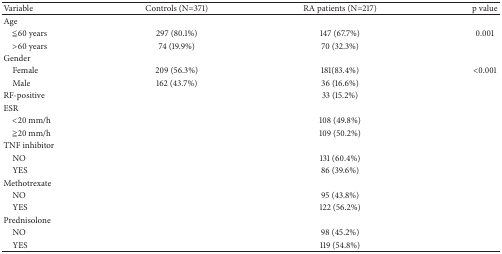
<table><thead><tr><td><b>Variable</b></td><td><b>Controls (N=371)</b></td><td><b>RA patients (N=217)</b></td><td><b>p value</b></td></tr></thead><tbody><tr><td>Age</td><td> </td><td> </td><td> </td></tr><tr><td> ≦60 years</td><td>297 (80.1%)</td><td>147 (67.7%)</td><td>0.001</td></tr><tr><td> &gt;60 years</td><td>74 (19.9%)</td><td>70 (32.3%)</td><td> </td></tr><tr><td>Gender</td><td> </td><td> </td><td> </td></tr><tr><td> Female</td><td>209 (56.3%)</td><td>181(83.4%)</td><td>&lt;0.001</td></tr><tr><td> Male</td><td>162 (43.7%)</td><td>36 (16.6%)</td><td> </td></tr><tr><td>RF-positive</td><td> </td><td>33 (15.2%)</td><td> </td></tr><tr><td>ESR</td><td> </td><td> </td><td> </td></tr><tr><td> &lt;20 mm/h</td><td> </td><td>108 (49.8%)</td><td> </td></tr><tr><td> ≧20 mm/h</td><td> </td><td>109 (50.2%)</td><td> </td></tr><tr><td>TNF inhibitor</td><td> </td><td> </td><td> </td></tr><tr><td> NO</td><td> </td><td>131 (60.4%)</td><td> </td></tr><tr><td> YES</td><td> </td><td>86 (39.6%)</td><td> </td></tr><tr><td>Methotrexate</td><td> </td><td> </td><td> </td></tr><tr><td> NO</td><td> </td><td>95 (43.8%)</td><td> </td></tr><tr><td> YES</td><td> </td><td>122 (56.2%)</td><td> </td></tr><tr><td>Prednisolone</td><td> </td><td> </td><td> </td></tr><tr><td> NO</td><td> </td><td>98 (45.2%)</td><td> </td></tr><tr><td> YES</td><td> </td><td>119 (54.8%)</td><td> </td></tr></tbody></table>